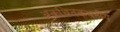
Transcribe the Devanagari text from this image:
अकथितकथनीय